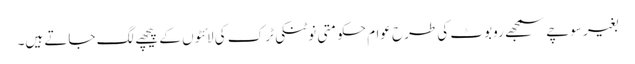
بغیر سوچے سمجھے روبوٹ کی طرح عوام حکومتی نوٹنکی ٹرک کی لائٹوں کے پیچھے لگ جاتے ہیں۔